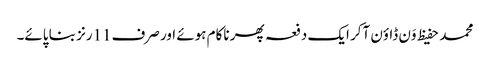
محمد حفیظ وَن ڈاؤن آکر ایک دفعہ پھر ناکام ہوئے اور صرف11رنز بنا پائے۔